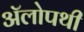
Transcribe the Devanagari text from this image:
ॲलोपथी